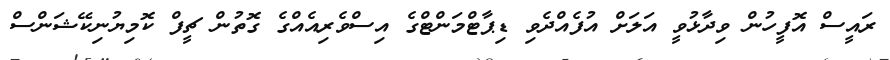
ރައީސް އޮފީހުން ވިދާޅުވީ އަލަށް އުފެއްދެވި ޑިޕާޓްމަންޓްގެ އިސްވެރިއެއްގެ ގޮތުން ޗީފް ކޮމިޔުނިކޭޝަންސް